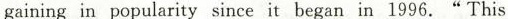
gaining in popularity since it began in 1996.“This